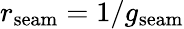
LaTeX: r_{\mathrm{seam}}=1/g_{\mathrm{seam}}